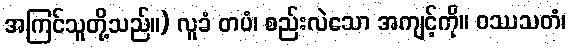
အကြင်သူတို့သည်။) လူခံ တပံ၊ စည်းလဲသော အကျင့်ကို။ ဝဿသတံ၊